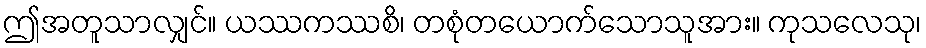
ဤအတူသာလျှင်။ ယဿကဿစိ၊ တစုံတယောက်သောသူအား။ ကုသလေသု၊